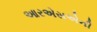
આરએસએની